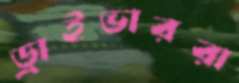
ড্রাইভাররা